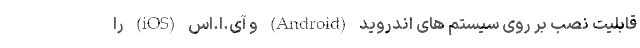
قابلیت نصب بر روی سیستم های اندروید (Android) و آی.اُ.اس (iOS) را